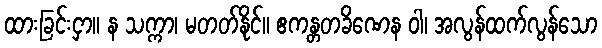
ထားခြင်းငှာ။ န သက္ကာ၊ မတတ်နိုင်။ ဧကန္တတခိဏေန ဝါ၊ အလွန်ထက်လွန်သော